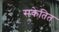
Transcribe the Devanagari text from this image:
सकेतित